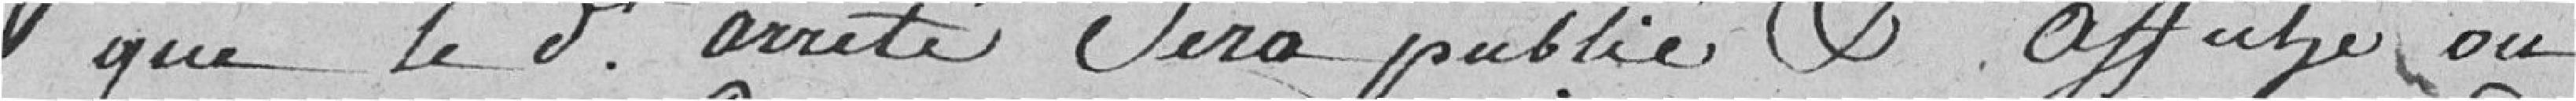
que le présent arrêté sera publié et affiché au